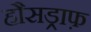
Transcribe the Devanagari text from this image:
हौसड्राफ़